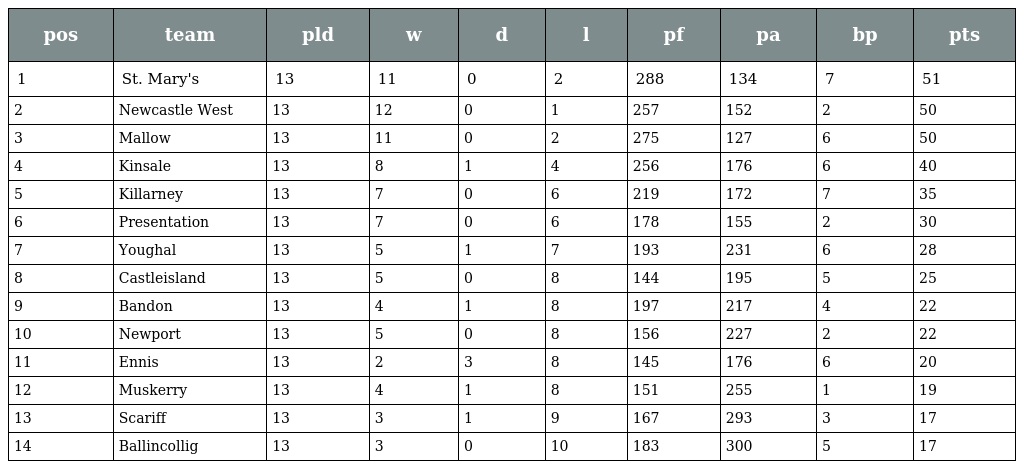
| pos | team | pld | w | d | l | pf | pa | bp | pts |
 | --- | --- | --- | --- | --- | --- | --- | --- | --- | --- |
 | 1 | St. Mary's | 13 | 11 | 0 | 2 | 288 | 134 | 7 | 51 |
 | 2 | Newcastle West | 13 | 12 | 0 | 1 | 257 | 152 | 2 | 50 |
 | 3 | Mallow | 13 | 11 | 0 | 2 | 275 | 127 | 6 | 50 |
 | 4 | Kinsale | 13 | 8 | 1 | 4 | 256 | 176 | 6 | 40 |
 | 5 | Killarney | 13 | 7 | 0 | 6 | 219 | 172 | 7 | 35 |
 | 6 | Presentation | 13 | 7 | 0 | 6 | 178 | 155 | 2 | 30 |
 | 7 | Youghal | 13 | 5 | 1 | 7 | 193 | 231 | 6 | 28 |
 | 8 | Castleisland | 13 | 5 | 0 | 8 | 144 | 195 | 5 | 25 |
 | 9 | Bandon | 13 | 4 | 1 | 8 | 197 | 217 | 4 | 22 |
 | 10 | Newport | 13 | 5 | 0 | 8 | 156 | 227 | 2 | 22 |
 | 11 | Ennis | 13 | 2 | 3 | 8 | 145 | 176 | 6 | 20 |
 | 12 | Muskerry | 13 | 4 | 1 | 8 | 151 | 255 | 1 | 19 |
 | 13 | Scariff | 13 | 3 | 1 | 9 | 167 | 293 | 3 | 17 |
 | 14 | Ballincollig | 13 | 3 | 0 | 10 | 183 | 300 | 5 | 17 |